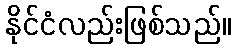
နိုင်ငံလည်းဖြစ်သည်။